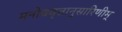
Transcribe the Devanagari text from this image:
मनोववृत्तानुसारिणीम्